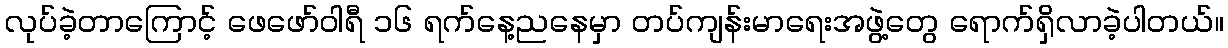
လုပ်ခဲ့တာကြောင့် ဖေဖော်ဝါရီ ၁၆ ရက်နေ့ညနေမှာ တပ်ကျန်းမာရေးအဖွဲ့တွေ ရောက်ရှိလာခဲ့ပါတယ်။